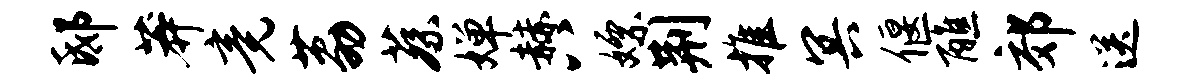
邸莽竟荔蔡婵赫八嫖荆推冥偃醮郊送